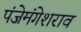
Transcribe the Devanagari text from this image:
पंजेमंगेशराव